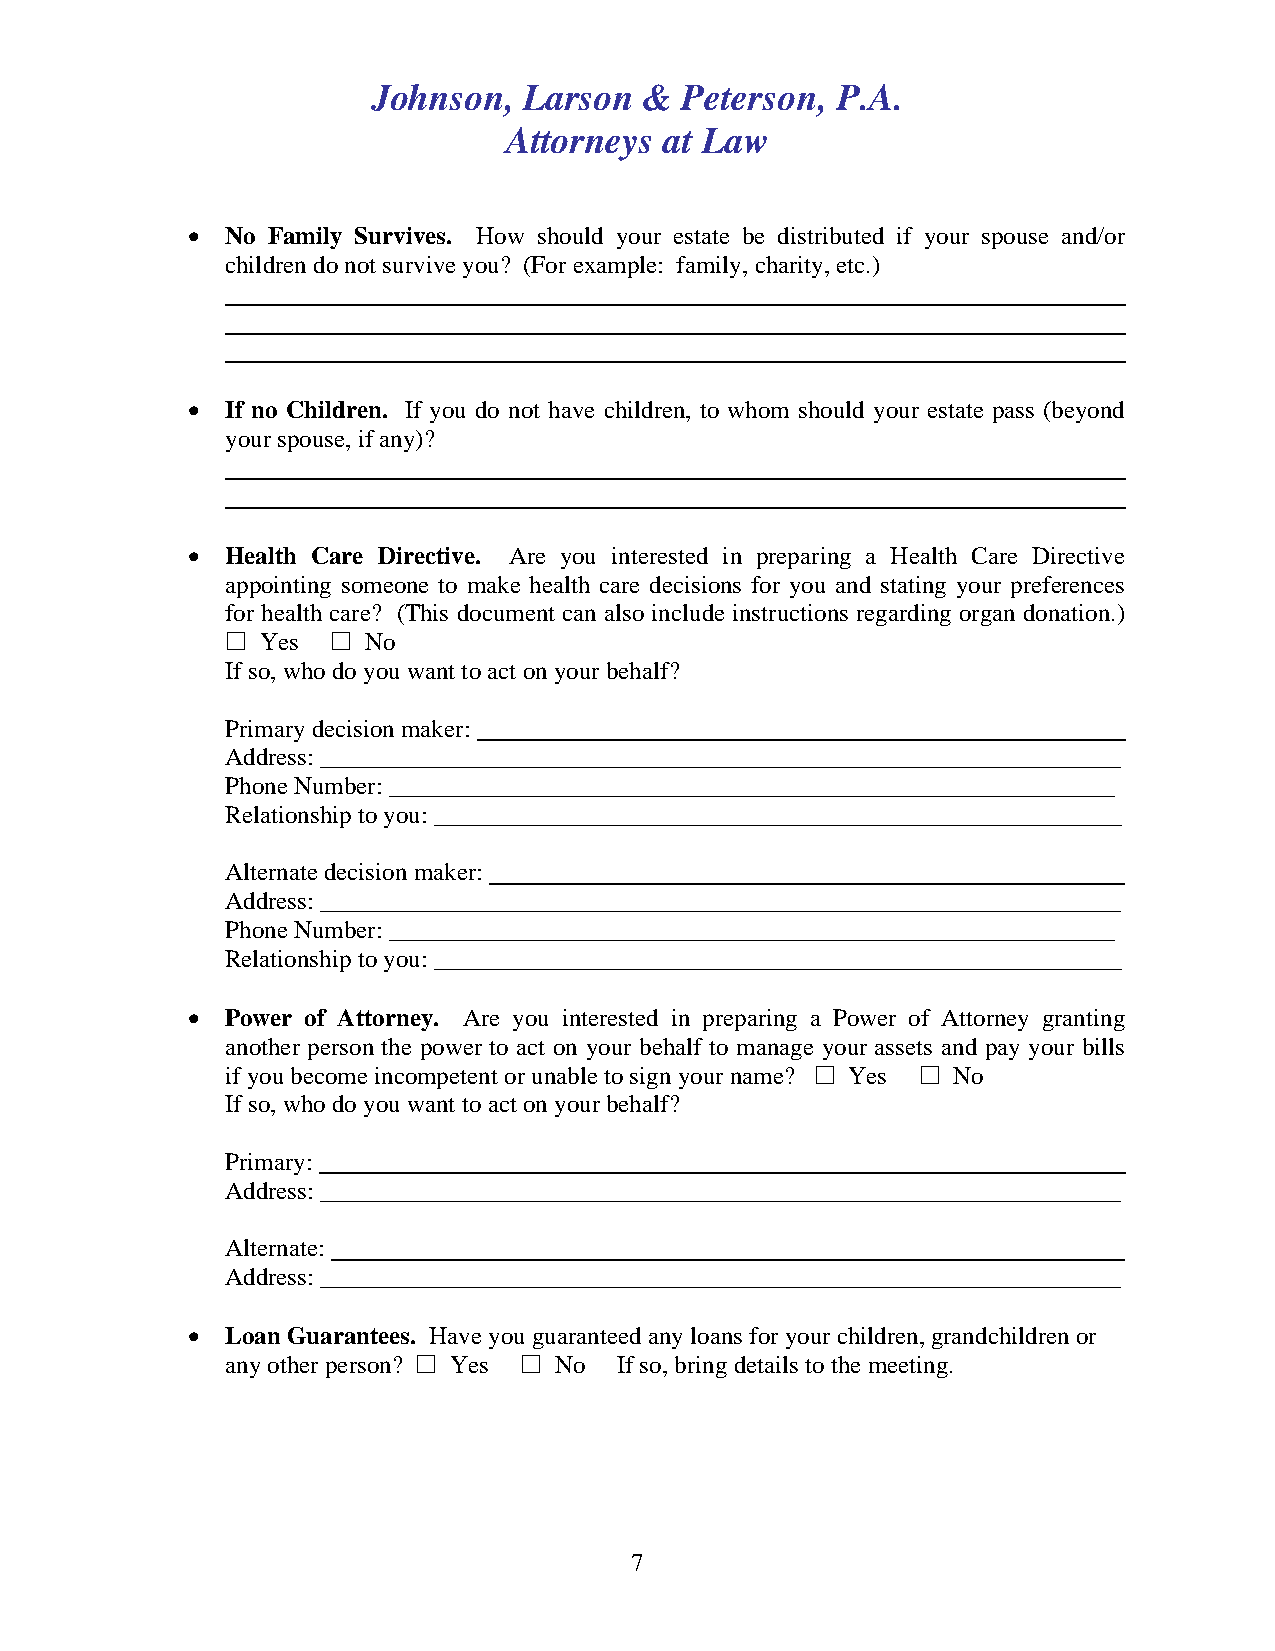
Johnson,  Larson  & Peterson, P.A.
 Attorneys at Law
 •  No Family Survives. How should your estate be distributed if your spouse and/or
 children do not survive you? (For example: family, charity, etc.)
 •  If no Children. If you do not have children, to whom should your estate pass (beyond
 your spouse, if any)?
 •  Health Care Directive. Are you interested in preparing a Health Care Directive
 appointing someone to make health care decisions for you and stating your preferences
 for health care? (This document can also include instructions regarding organ donation.)
  Yes   No
 If so, who do you want to act on your behalf?
 Primary decision maker:
 Address: ________________________________________________________________
 Phone Number: __________________________________________________________
 Relationship to you: _______________________________________________________
 Alternate decision maker:
 Address: ________________________________________________________________
 Phone Number: __________________________________________________________
 Relationship to you: _______________________________________________________
 •  Power of Attorney. Are you interested in preparing a Power of Attorney granting
 another person the power to act on your behalf to manage your assets and pay your bills
 if you become incompetent or unable to sign your name?  Yes  No
 If so, who do you want to act on your behalf?
 Primary:
 Address: ________________________________________________________________
 Alternate:
 Address: ________________________________________________________________
 •  Loan Guarantees. Have you guaranteed any loans for your children, grandchildren or
 any other person?  Yes  No If so, bring details to the meeting.
 7